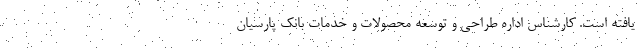
یافته است. کارشناس اداره طراحی و توسعه محصولات و خدمات بانک پارسیان